Leaving Certificate Examination (including Day School Certificate (Higher) General paper), 1931
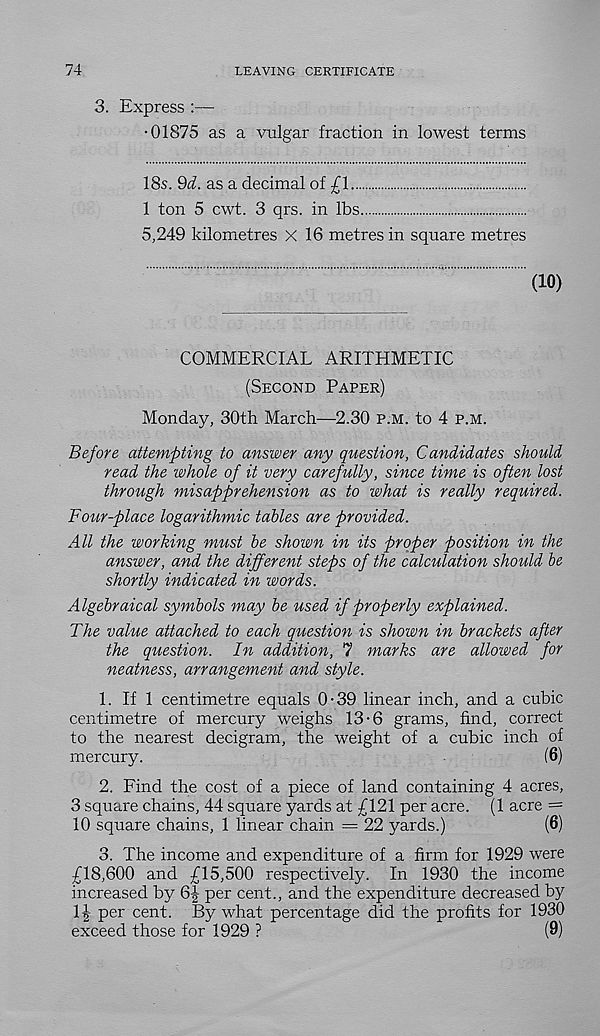
74
LEAVING CERTIFICATE
3. Express :—
•01875 as a vulgar fraction in lowest terms
18s.
as a decimal of £1
1 ton 5 cwt. 3 qrs. in lbs
5,249 kilometres X 16 metres in square metres
(10)
COMMERCIAL ARITHMETIC
(Second Paper)
Monday, 30th March—2.30 p.m. to 4 p.m.
Before attempting to answer any question, Candidates should
read the whole of it very carefully, since time is often lost
through misapprehension as to what is really required.
Four-place logarithmic tables are provided.
All the working must be shown in its proper position in the
answer, and the different steps of the calculation should be
shortly indicated in words.
Algebraical symbols may be used if properly explained.
The value attached to each question is shown in brackets after
the question. In addition, 7 marks are allowed for
neatness, arrangement and style.
1. If 1 centimetre equals 0-39 linear inch, and a cubic
centimetre of mercury weighs 13-6 grams, find, correct
to the nearest decigram, the weight of a cubic inch of
mercury.
(6)
2. Find the cost of a piece of land containing 4 acres,
3 square chains, 44 square yards at £121 per acre. (1 acre =
10 square chains, 1 linear chain = 22 yards.)
(6)
3. The income and expenditure of a firm for 1929 were
£18,600 and £15,500 respectively. In 1930 the income
increased by 6| per cent., and the expenditure decreased by
1^ per cent. By what percentage did the profits for 1930
exceed those for 1929 ?
(9)